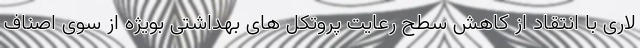
لاری با انتقاد از کاهش سطح رعایت پروتکل های بهداشتی بویژه از سوی اصناف